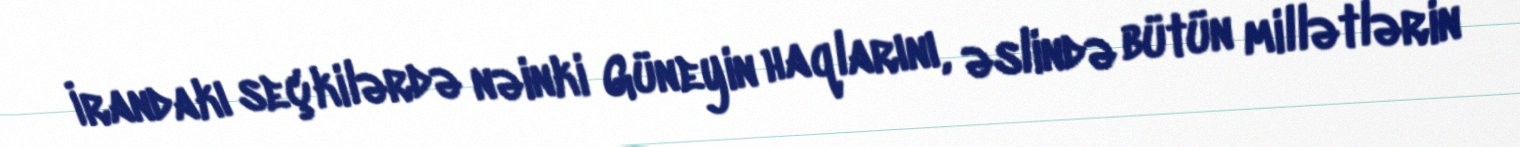
İrandakı seçkilərdə nəinki Güneyin haqlarını, əslində bütün millətlərin